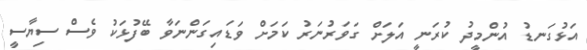
އަޅުގަނޑު އުންމީދު ކުރަނީ އަލަށް ގަވަރުނަރު ކަމަށް ވަޑައިގަންނަވާ ބޭފުޅަކު ވެސް ސިޔާސީ